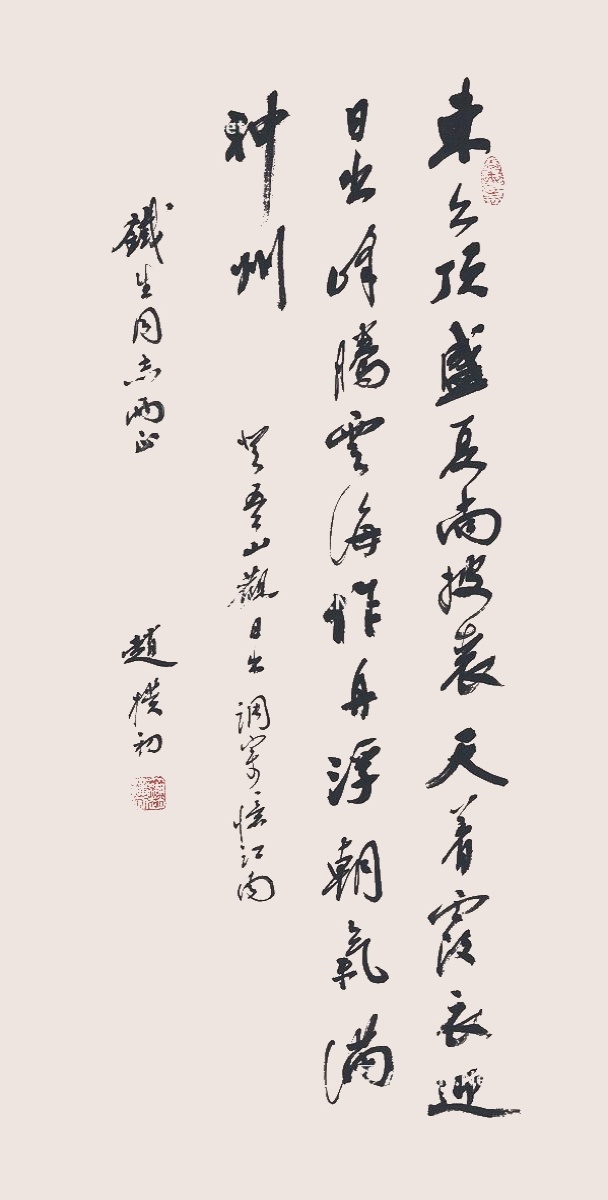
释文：东台顶，盛夏尚披裘。天着霞衣迎日出，峰腾云海作舟浮，朝气满神州。登五台山观日出，调寄忆江南。铁生同志两正，赵朴初。